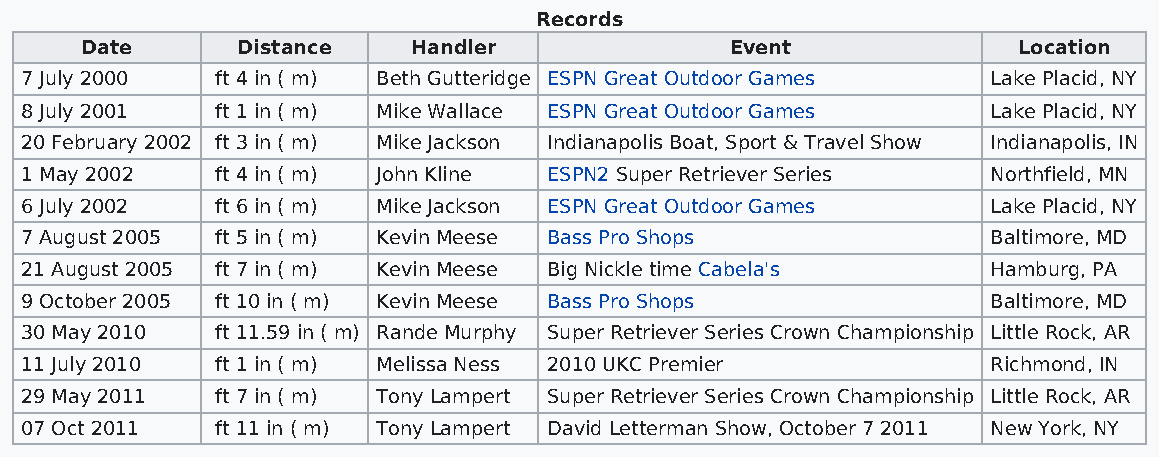
Records
 Date       Distance   Handler              Event              Location
 7 July 2000  ft 4 in ( m) Beth Gutteridge ESPN Great Outdoor Games Lake Placid, NY
 8 July 2001  ft 1 in ( m) Mike Wallace ESPN Great Outdoor Games  Lake Placid, NY
 20 February 2002 ft 3 in ( m) Mike Jackson Indianapolis Boat, Sport & Travel Show Indianapolis, IN
 1 May 2002   ft 4 in ( m) John Kline ESPN2 Super Retriever Series Northfield, MN
 6 July 2002  ft 6 in ( m) Mike Jackson ESPN Great Outdoor Games  Lake Placid, NY
 7 August 2005 ft 5 in ( m) Kevin Meese Bass Pro Shops            Baltimore, MD
 21 August 2005 ft 7 in ( m) Kevin Meese Big Nickle time Cabela's Hamburg, PA
 9 October 2005 ft 10 in ( m) Kevin Meese Bass Pro Shops          Baltimore, MD
 30 May 2010  ft 11.59 in ( m) Rande Murphy Super Retriever Series Crown Championship Little Rock, AR
 11 July 2010 ft 1 in ( m) Melissa Ness 2010 UKC Premier          Richmond, IN
 29 May 2011  ft 7 in ( m) Tony Lampert Super Retriever Series Crown Championship Little Rock, AR
 07 Oct 2011  ft 11 in ( m) Tony Lampert David Letterman Show, October 7 2011 New York, NY